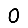
Digit: 0